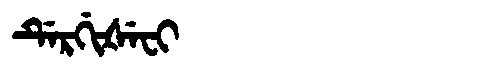
Manchu: ᡩᡝᡵᡤᡳᡧᡝᠸᡳ
Romanization: DERGIŠEFI